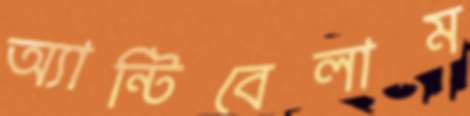
অ্যান্টিবেলাম